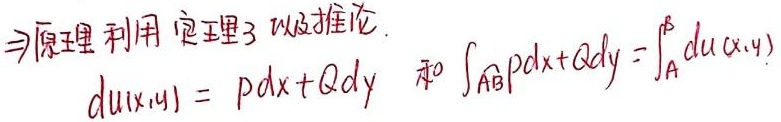
\(\Rightarrow\)原理利用定理3以及推论.
\(du(x,y)=Pdx + Qdy\) 和 \(\int_{AB}Pdx+Qdy=\int_{A}^{B}du(x,y)\)